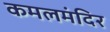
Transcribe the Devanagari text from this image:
कमलमंदिर